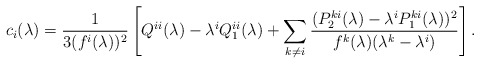
\begin{align*} c_i(\lambda) = \frac{1}{3(f^i(\lambda))^2}\left[ Q^{ii}(\lambda)- \lambda^i Q^{ii}_1(\lambda) + \sum_{k \neq i} \frac{(P_2^{ki}(\lambda)-\lambda^i P_1^{ki}(\lambda))^2}{f^k(\lambda)(\lambda^k - \lambda^i)} \right].\end{align*}